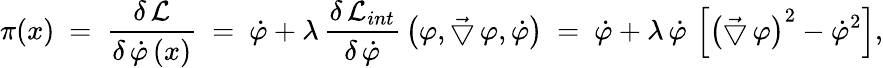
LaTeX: \pi(x)~=~\frac{\delta\, {\cal L}}{\delta\, \dot{\varphi}\, (x)}~=~\dot{\varphi}+\lambda\, \frac{\delta\, {\cal L}_{int}}{\delta\, \dot{\varphi}}\, \left(\varphi,\vec{\bigtriangledown}\, \varphi,\dot{\varphi}\right)~=~\dot{\varphi}+\lambda\, \dot{\varphi}\, \left[\left(\vec{\bigtriangledown}\, \varphi\right)^{2}-\dot{\varphi}^{2}\right],